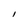
Character: I